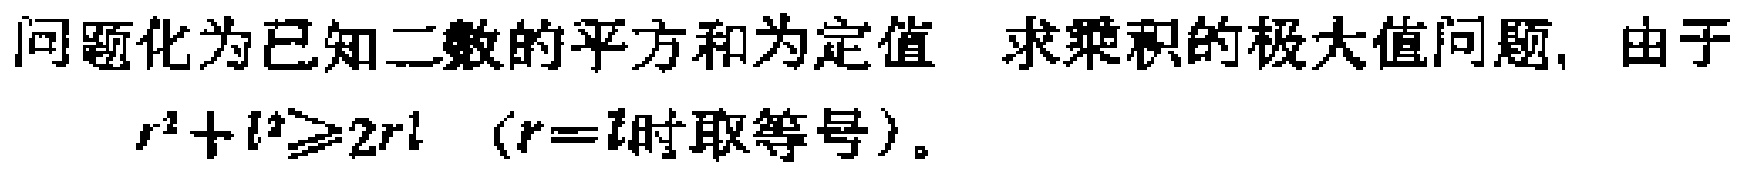
问题化为已知二数的平方和为定值 求乘积的极大值问题, 由于
\(r^{2}+l^{2}\geqslant2rl\)（\(r = l\)时取等号）。